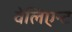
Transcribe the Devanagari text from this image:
वेलिएन्ट